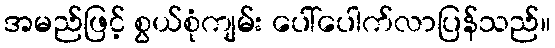
အမည်ဖြင့် စွယ်စုံကျမ်း ပေါ်ပေါက်လာပြန်သည်။